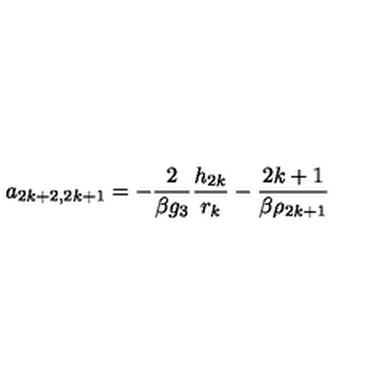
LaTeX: a _ { 2 k + 2 , 2 k + 1 } = - \frac { 2 } { \beta g _ { 3 } } \frac { h _ { 2 k } } { r _ { k } } - \frac { 2 k + 1 } { \beta \rho _ { 2 k + 1 } }